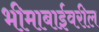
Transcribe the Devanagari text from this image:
भीमाबाईवरील